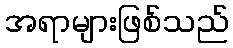
အရာများဖြစ်သည်